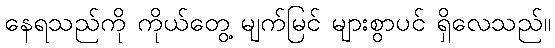
နေရသည်ကို ကိုယ်တွေ့ မျက်မြင် များစွာပင် ရှိလေသည်။